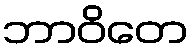
ဘာဝိတေ